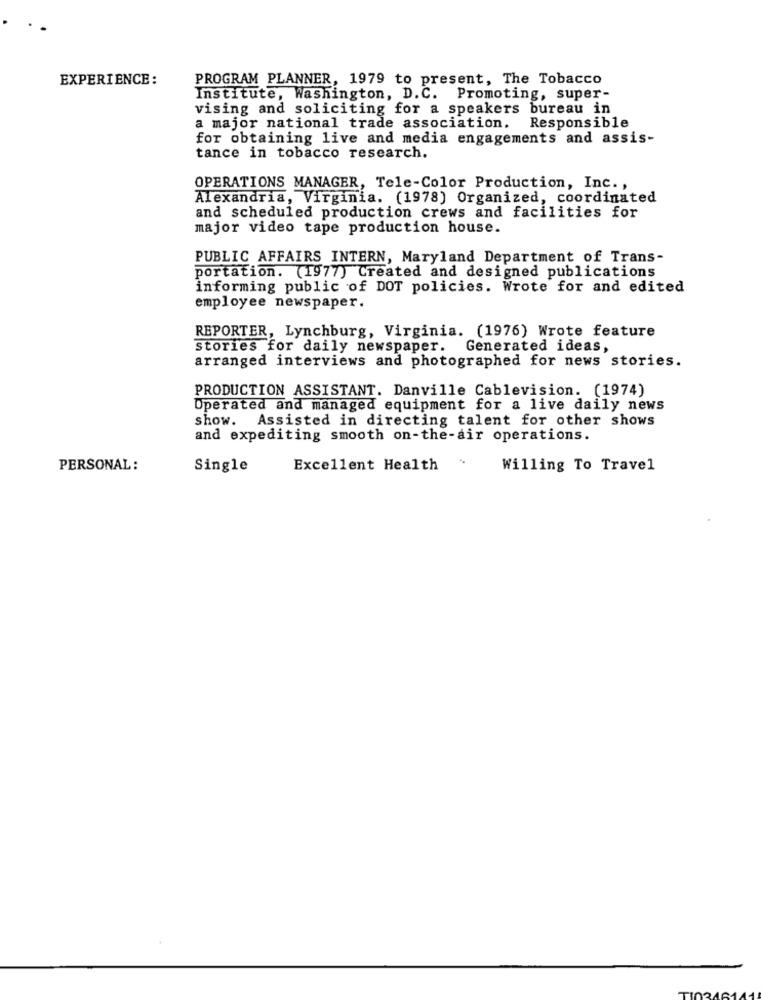
EXPERIENCE:
PROGRAM PLANNER, 1979 to present, The Tobacco
Institute, Washington, D.C. Promoting, super-
vising and soliciting for a speakers bureau in
a major national trade association. Responsible
for obtaining live and media engagements and assis-
tance in tobacco research.
OPERATIONS MANAGER, Tele-Color Production, Inc. ,
Alexandria, Virginia. (1978) Organized, coordinated
and scheduled production crews and facilities for
major video tape production house.
PUBLIC AFFAIRS INTERN, Maryland Department of Trans-
portation. (1977) Created and designed publications
informing public of DOT policies. Wrote for and edited
employee newspaper.
REPORTER, Lynchburg, Virginia. (1976) Wrote feature
stories for daily newspaper. Generated ideas,
arranged interviews and photographed for news stories.
PRODUCTION ASSISTANT. Danville Cablevision. (1974)
Operated and managed equipment for a live daily news
show. Assisted in directing talent for other shows
and expediting smooth on-the-air operations.
PERSONAL:
Single
Excellent Health
Willing To Travel